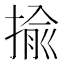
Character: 揄